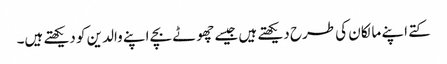
کتے اپنے مالکان کی طرح دیکھتے ہیں جیسے چھوٹے بچے اپنے والدین کو دیکھتے ہیں۔